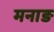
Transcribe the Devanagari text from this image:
मनाङ